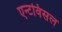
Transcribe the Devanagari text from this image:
एन्टविसल